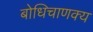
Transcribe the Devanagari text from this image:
बोधिचाणक्य